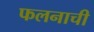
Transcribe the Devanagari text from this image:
फलनाची